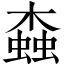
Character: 螙